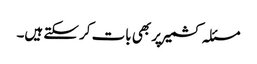
مسئلہ کشمیر پر بھی بات کر سکتے ہیں۔